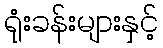
ရုံးခန်းများနှင့်